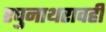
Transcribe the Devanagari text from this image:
रघुनाथरावही